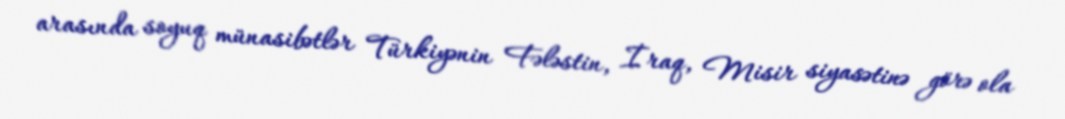
arasında soyuq münasibətlər Türkiyənin Fələstin, İraq, Misir siyasətinə görə ola